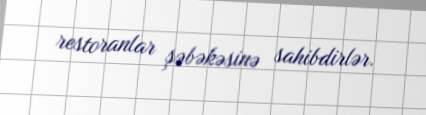
restoranlar şəbəkəsinə sahibdirlər.